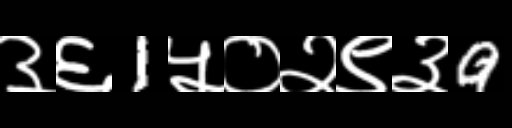
Text: ३६1५०२९३9